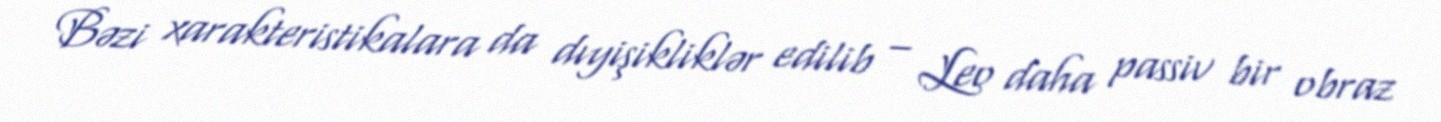
Bəzi xarakteristikalara da dıyişikliklər edilib – Leo daha passiv bir obraz